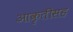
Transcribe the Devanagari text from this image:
आकृतीसह